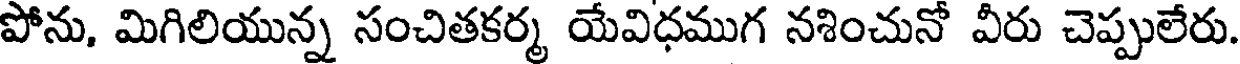
పోను, మిగిలియున్న సంచితకర్మ యేవిధముగ నశించునో వీరు చెప్పులేరు.